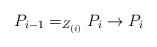
\begin{align*}P_{i-1}=_{Z_{(i)}}P_i\rightarrow P_i\end{align*}